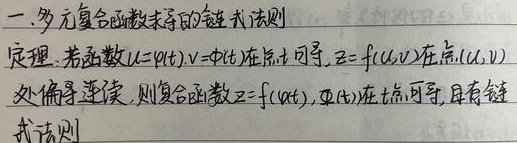
一、多元复合函数求导的链式法则
定理：若函数 \(u = \varphi(t)\)，\(v=\psi(t)\) 在点 \(t\) 可导，\(z = f(u,v)\) 在点 \((u,v)\) 处偏导连续，则复合函数 \(z = f(\varphi(t),\psi(t))\) 在点 \(t\) 可导，且有链式法则